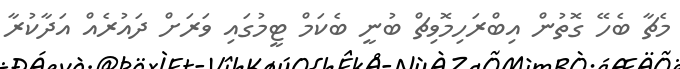
މެޗާ ބެހޭ ގޮތުން އިބްރަހިމޮވިޗް ބުނީ ބެކަމް ޓީމުގައި ވަރަށް ދައުރެއް އަދާކުރާ